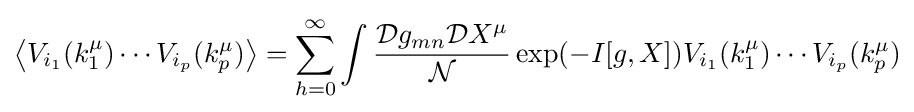
\left\langle V_{i_{1}}(k_{1}^{\mu })\cdots V_{i_{p}}(k_{p}^{\mu })\right\rangle =\sum _{h=0}^{\infty }\int {\frac {{\mathcal {D}}g_{mn}{\mathcal {D}}X^{\mu }}{\mathcal {N}}}\exp(-I[g,X])V_{i_{1}}(k_{1}^{\mu })\cdots V_{i_{p}}(k_{p}^{\mu })